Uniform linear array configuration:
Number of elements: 24
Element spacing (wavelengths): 0.75
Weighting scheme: kaiser
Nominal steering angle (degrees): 0
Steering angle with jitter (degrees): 1.637
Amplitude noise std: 0.05
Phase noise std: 0.05

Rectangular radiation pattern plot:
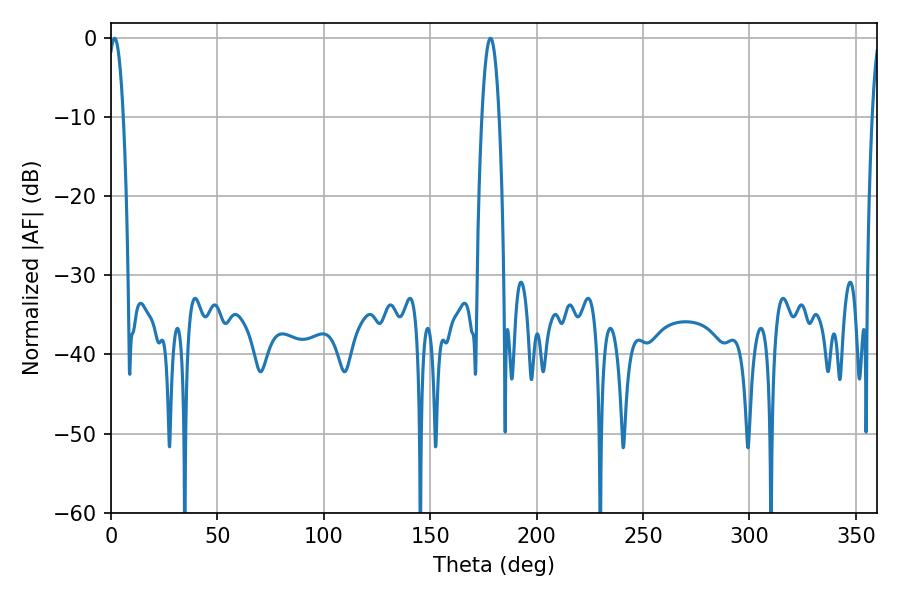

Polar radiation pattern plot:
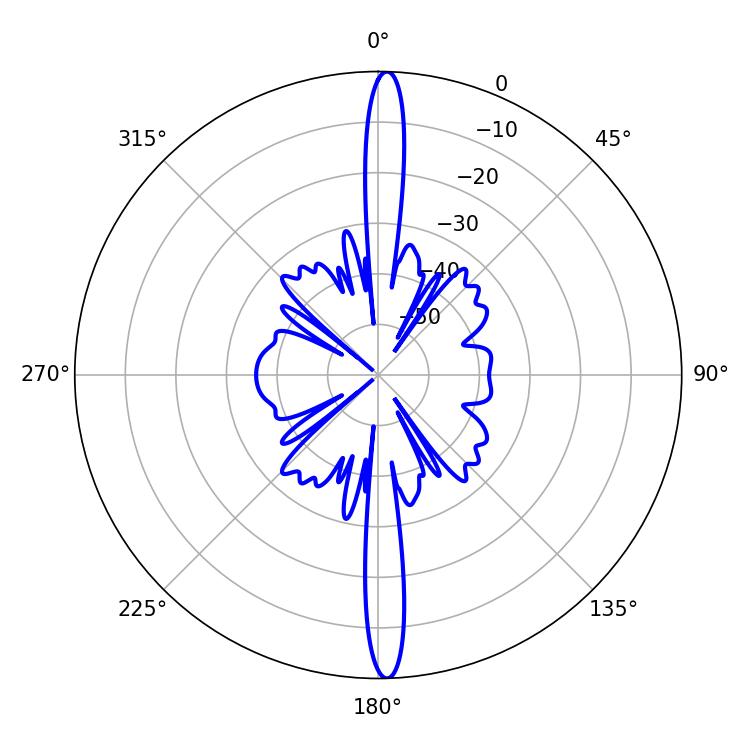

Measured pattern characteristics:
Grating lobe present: TRUE
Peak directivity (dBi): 26.024
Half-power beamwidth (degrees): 3.96
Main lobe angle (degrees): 1.62